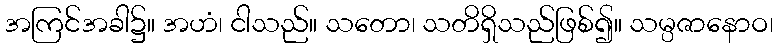
အကြင်အခါ၌။ အဟံ၊ ငါသည်။ သတော၊ သတိရှိသည်ဖြစ်၍။ သမ္ပဇာနောဝ၊